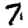
Digit: 7